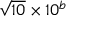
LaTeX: { \sqrt { 1 0 } } \times 1 0 ^ { b }